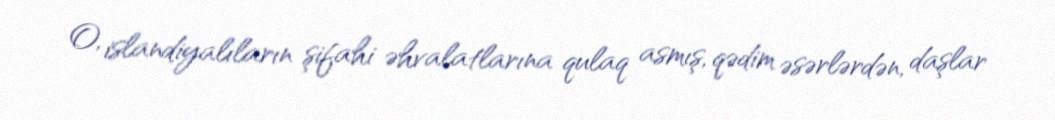
O, islandiyalıların şifahi əhvalatlarına qulaq asmış, qədim əsərlərdən, daşlar